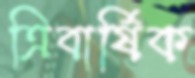
ত্রিবার্ষিক